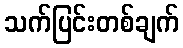
သက်ပြင်းတစ်ချက်